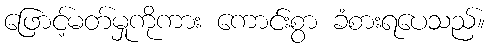
ဖြောင့်မတ်မှုကိုကား ကောင်းစွာ ခံစားရပေသည်။